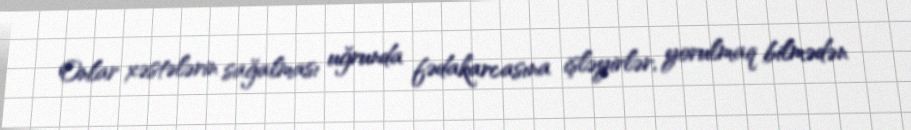
Onlar xəstələrin sağalması uğrunda fədakarcasına işləyirlər, yorulmaq bilmədən